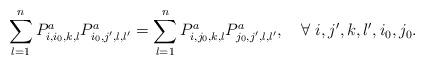
LaTeX: \begin{align*}\sum_{l=1}^nP^a_{i,i_0,k,l}P^a_{i_0,j',l,l'}=\sum_{l=1}^nP^a_{i,j_0,k,l}P^a_{j_0,j',l,l'}, \ \ \ \forall \ i,j',k,l',i_0,j_0.\end{align*}